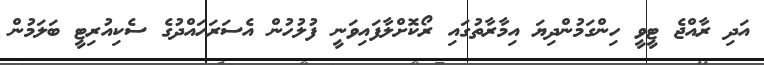
އަދި ރާއްޖެ ޓީވީ ހިންގަމުންދިޔަ އިމާރާތުގައި ރޯކޮށްލާފައިވަނީ ފުލުހުން އެސަރަހައްދުގެ ސެކިއުރިޓީ ބަލަމުން